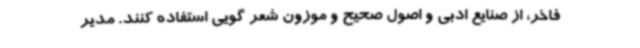
فاخر، از صنایع ادبی و اصول صحیح و موزون شعر گویی استفاده کنند. مدیر